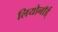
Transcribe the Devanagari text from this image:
लियोनॉर्ड्